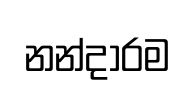
නන්දාරම